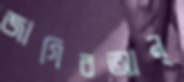
জাগিবআন্